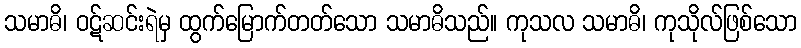
သမာဓိ၊ ဝဋ်ဆင်းရဲမှ ထွက်မြောက်တတ်သော သမာဓိသည်။ ကုသလ သမာဓိ၊ ကုသိုလ်ဖြစ်သော